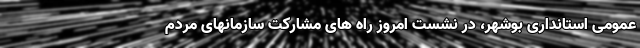
عمومی استانداری بوشهر، در نشست امروز راه های مشارکت سازمانهای مردم